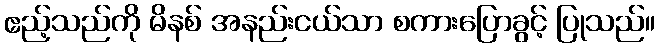
ဧည့်သည်ကို မိနစ် အနည်းငယ်သာ စကားပြောခွင့် ပြုသည်။